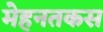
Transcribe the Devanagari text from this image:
मेहनतकस